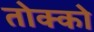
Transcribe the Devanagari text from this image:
तोक्को